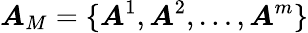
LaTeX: \boldsymbol{A}_{M}=\{ \boldsymbol{A}^{1},\boldsymbol{A}^{2},\ldots,\boldsymbol{A}^{m}\}